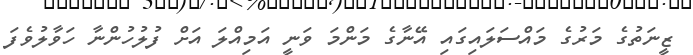
ޒީނަތުގެ މަރުގެ މައްސަލައިގައި އޭނާގެ މަންމަ ވަނީ އަމިއްލަ އަށް ފުލުހުންނާ ހަވާލުވެފަ